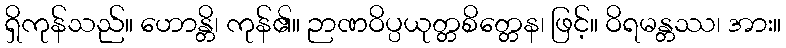
ရှိကုန်သည်။ ဟောန္တိ၊ ကုန်၏။ ဉာဏဝိပ္ပယုတ္တစိတ္တေန၊ ဖြင့်။ ဝိရမန္တဿ၊ အား။